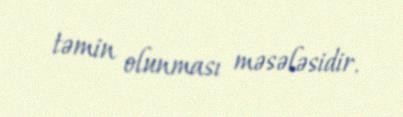
təmin olunması məsələsidir.